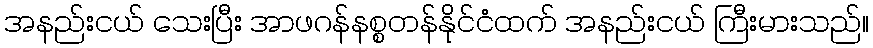
အနည်းငယ် သေးပြီး အာဖဂန်နစ္စတန်နိုင်ငံထက် အနည်းငယ် ကြီးမားသည်။